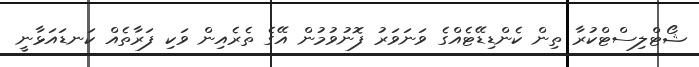
ޝޯޓްލިސްޓްކުރާ ތިން ކެންޑިޑޭޓެއްގެ ވަނަވަރު ފޮނުވުމުން އޭގެ ތެރެއިން ވަކި ފަރާތެއް ކަނޑައަޅާނީ